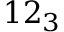
1 2 _ { 3 }